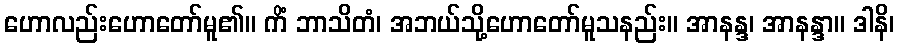
ဟောလည်းဟောတော်မူ၏။ ကိံ ဘာသိတံ၊ အဘယ်သို့ဟောတော်မူသနည်း။ အာနန္ဒ၊ အာနန္ဒာ။ ဒါနိ၊